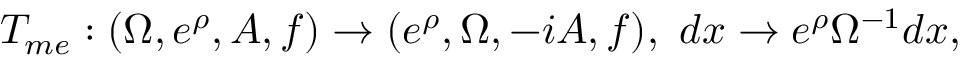
{ \cal T } _ { m e } : ( \Omega , e ^ { \rho } , A , f ) \rightarrow ( e ^ { \rho } , \Omega , - i A , f ) , ~ d x \rightarrow e ^ { \rho } \Omega ^ { - 1 } d x ,